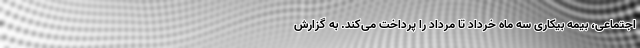
اجتماعی، بیمه بیکاری سه ماه خرداد تا مرداد را پرداخت می‌کند. به گزارش